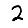
Digit: 2